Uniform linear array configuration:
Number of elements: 64
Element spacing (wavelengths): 1
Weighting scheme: uniform
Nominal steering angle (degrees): -60
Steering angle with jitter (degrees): -61.255
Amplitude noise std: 0.05
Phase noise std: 0.05

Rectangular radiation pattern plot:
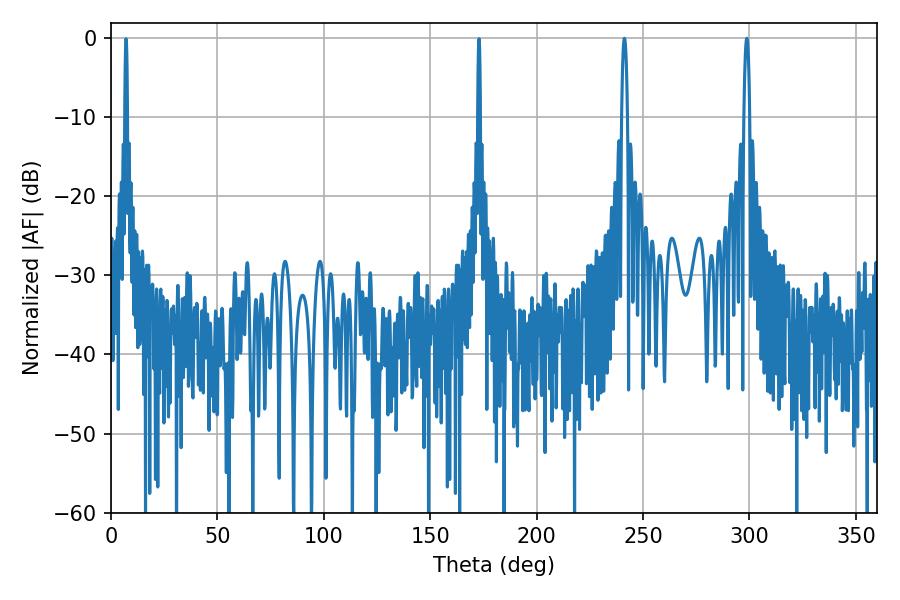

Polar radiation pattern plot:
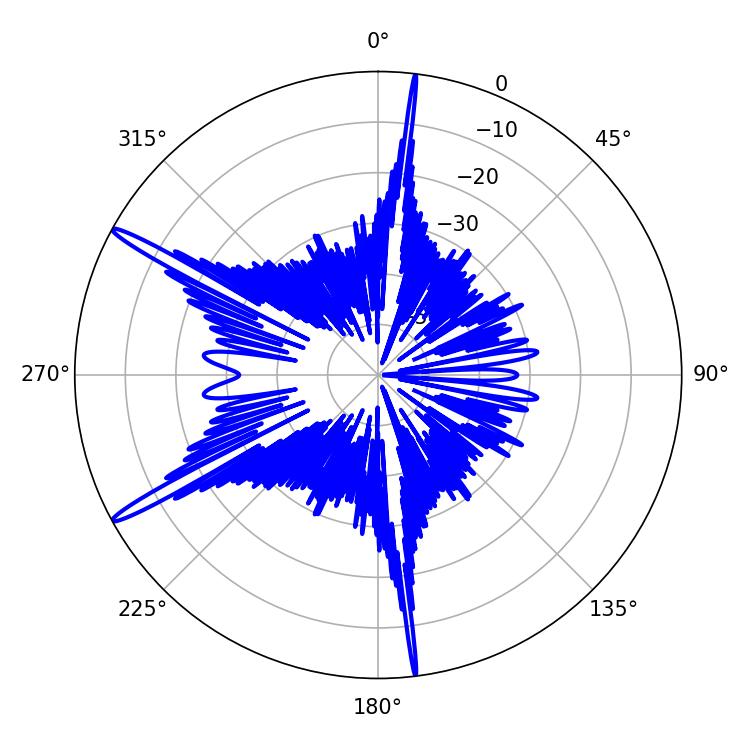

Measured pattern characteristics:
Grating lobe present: TRUE
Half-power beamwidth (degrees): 1.44
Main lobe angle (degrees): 241.2